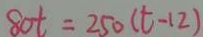
8 0 t = 2 5 0 ( t - 1 2 )